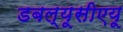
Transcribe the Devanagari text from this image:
डबल्यूसीएयू